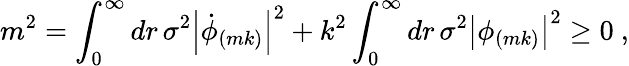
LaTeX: m^{2}=\int_{0}^{\infty}dr\, \sigma^{2}\left|\dot{\phi}_{(mk)}\right|^{2}+k^{2}\int_{0}^{\infty}dr\, \sigma^{2}\left|\phi_{(mk)}\right|^{2}\ge 0~,